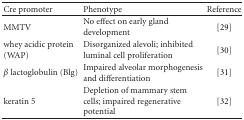
| Cre promoter | Phenotype | Reference |
 | --- | --- | --- |
 | MMTV | No effect on early gland development | [29] |
 | whey acidic protein (WAP) | Disorganized alevoli; inhibited luminal cell proliferation | [30] |
 | β lactoglobulin (Blg) | Impaired alveolar morphogenesis and differentiation | [31] |
 | keratin 5 | Depletion of mammary stem cells; impaired regenerative potential | [32] |